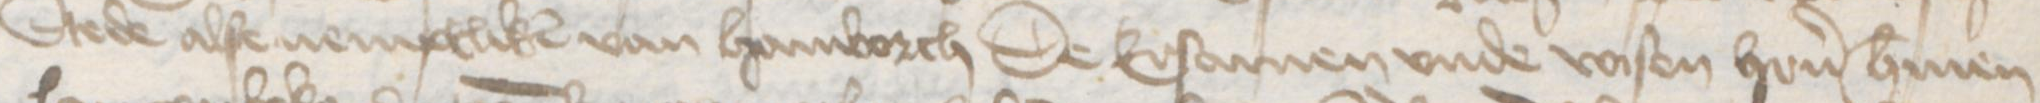
Transcription: Stede alse nemptliken van Hamborch De Ersamen vnde vasten heren Hermen